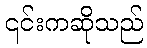
၎င်းကဆိုသည်